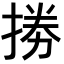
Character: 𢮙